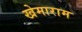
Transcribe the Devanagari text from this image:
खेमाराम